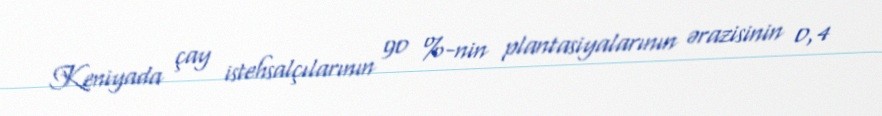
Keniyada çay istehsalçılarının 90 %-nin plantasiyalarının ərazisinin 0,4